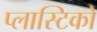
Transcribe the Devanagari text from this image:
प्लास्टिको